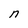
Character: n